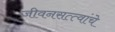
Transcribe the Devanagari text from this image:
जीवनसत्त्वांचे